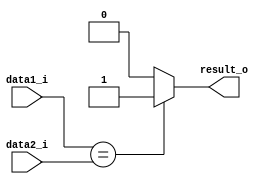
module Equal
(
    data1_i,
    data2_i,
    result_o
);

input   [31:0]      data1_i, data2_i;
output              result_o;

assign result_o = (data1_i == data2_i? 1:0);

endmodule